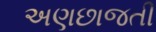
અણછાજતી